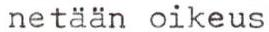
netään oikeus